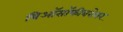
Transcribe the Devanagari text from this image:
थिऑसॉफीबरोबर